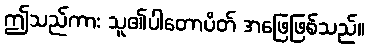
ဤသည်ကား သူ၏ပါတောပိတ် အဖြေဖြစ်သည်။